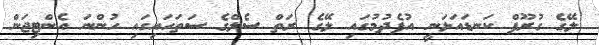
ލޭގެ ގުރޫޕް ކަނޑައަޅަނީ އުފެދުމުގައި ލޭގެ ރަތް ސެލްގެ ސަތަހައިގައި ހުންނަ އެންޓިޖަން